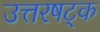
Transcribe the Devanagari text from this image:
उत्तरषट्क